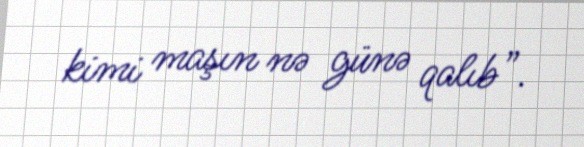
kimi maşın nə günə qalıb”.